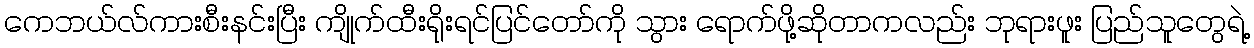
ကေဘယ်လ်ကားစီးနင်းပြီး ကျိုက်ထီးရိုးရင်ပြင်တော်ကို သွား ရောက်ဖို့ဆိုတာကလည်း ဘုရားဖူး ပြည်သူတွေရဲ့